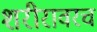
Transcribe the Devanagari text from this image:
शरीरावरच